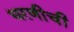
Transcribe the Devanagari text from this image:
धरणीची